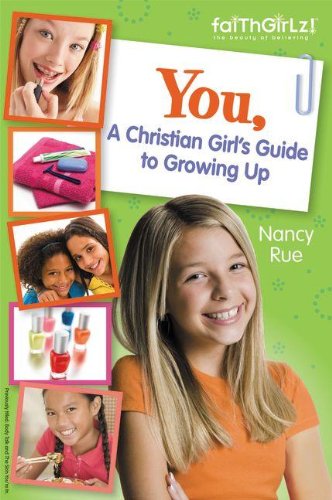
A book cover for You! A Christian Girl's Guide to Growing Up (Faithgirlz); Nancy N. Rue; Education & Teaching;